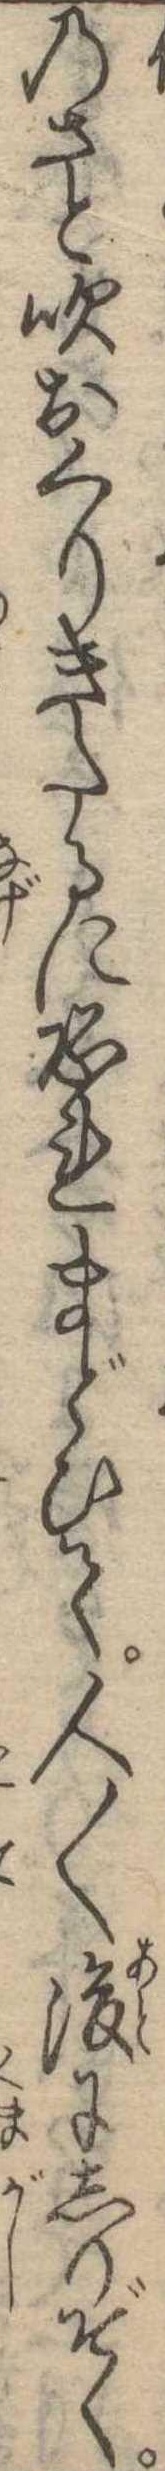
のさと吹おくりきたるに恐れまどひて人〱後にしりぞく